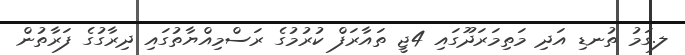
ލ.ގަމު ތުނޑި އަދި މަތިމަރަދޫގައި 4ޖީ ތައާރަފް ކުރުމުގެ ރަސްމިއްޔާތުގައި ދިރާގުގެ ފަރާތުން